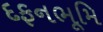
દફનભૂમિ